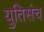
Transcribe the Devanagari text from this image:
युतिसंच